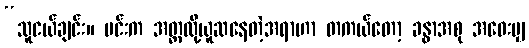
“သူငယ်ချင်း။ မင်းက အတ္တလို့ယူဆနေတဲ့အရာဟာ တကယ်တော့ ခန္ဓာအစု အဝေးမျှ